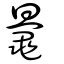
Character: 鼂